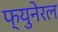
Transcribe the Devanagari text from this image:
फ्युनेरल